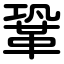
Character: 鞏